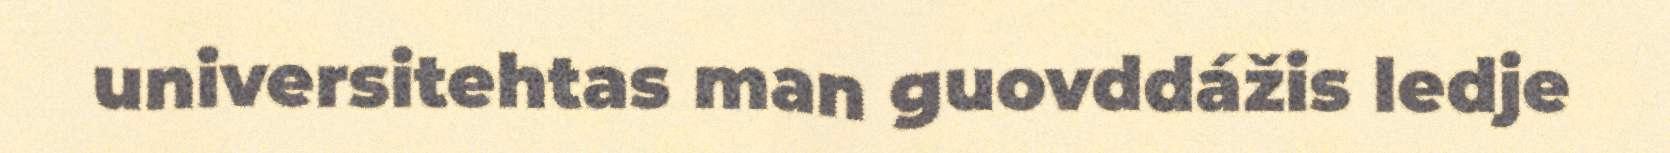
universitehtas man guovddážis ledje